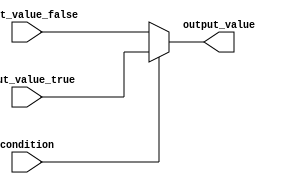
module conditional_assignment(
    input condition,
    input [3:0] input_value_true,
    input [3:0] input_value_false,
    output reg [3:0] output_value
);

always @(*) begin
    if (condition) begin
        output_value = input_value_true;
    end else begin
        output_value = input_value_false;
    end
end

endmodule